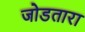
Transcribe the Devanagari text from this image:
जोडतारा